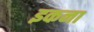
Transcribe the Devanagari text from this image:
इकना